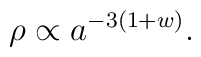
\rho\propto a^{-3(1+w)}.